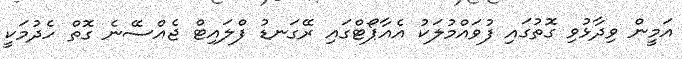
އަމީން ވިދާޅުވި ގޮތުގައި ފުވައްމުލަކު އެއާޕޯޓްގައި ރޭގަނޑު ފްލައިޓް ޖެއްސޭނެ ގޮތް ހެދުމަކީ